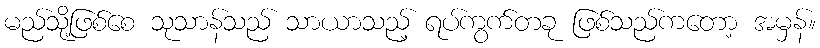
မည်သို့ဖြစ်စေ သုသာန်သည် သာယာသည့် ရပ်ကွက်တခု ဖြစ်သည်ကတော့ အမှန်။